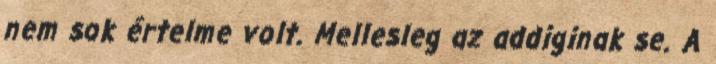
nem sok értelme volt. Mellesleg az addiginak se. A